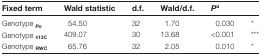
| Fixed term | Wald statistic | d.f. | Wald/d.f. | Pa |  |
 | --- | --- | --- | --- | --- | --- |
 | Genotype Pn | 54.50 | 32 | 1.70 | 0.030 | * |
 | Genotype δ13C | 409.07 | 30 | 13.68 | <0.001 | *** |
 | Genotype RWC | 65.76 | 32 | 2.05 | 0.010 | * |